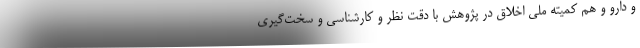
و دارو و هم کمیته ملی اخلاق در پژوهش با دقت نظر و کارشناسی و سخت‌گیری